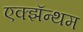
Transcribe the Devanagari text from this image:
एक्झॅन्थम